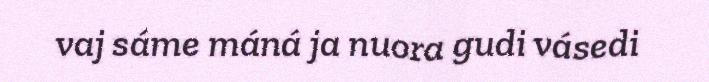
vaj sáme máná ja nuora gudi vásedi